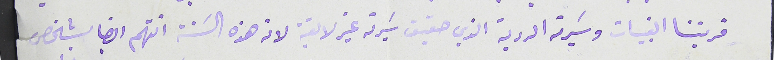
قريتنا القبيات وسَيرته الردية الذي حقيق سَيرتة غير لايقة لانه هذه السَنة اتهّم ايضا بشخص